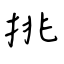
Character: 挑